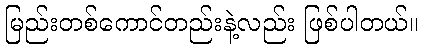
မြည်းတစ်ကောင်တည်းနဲ့လည်း ဖြစ်ပါတယ်။